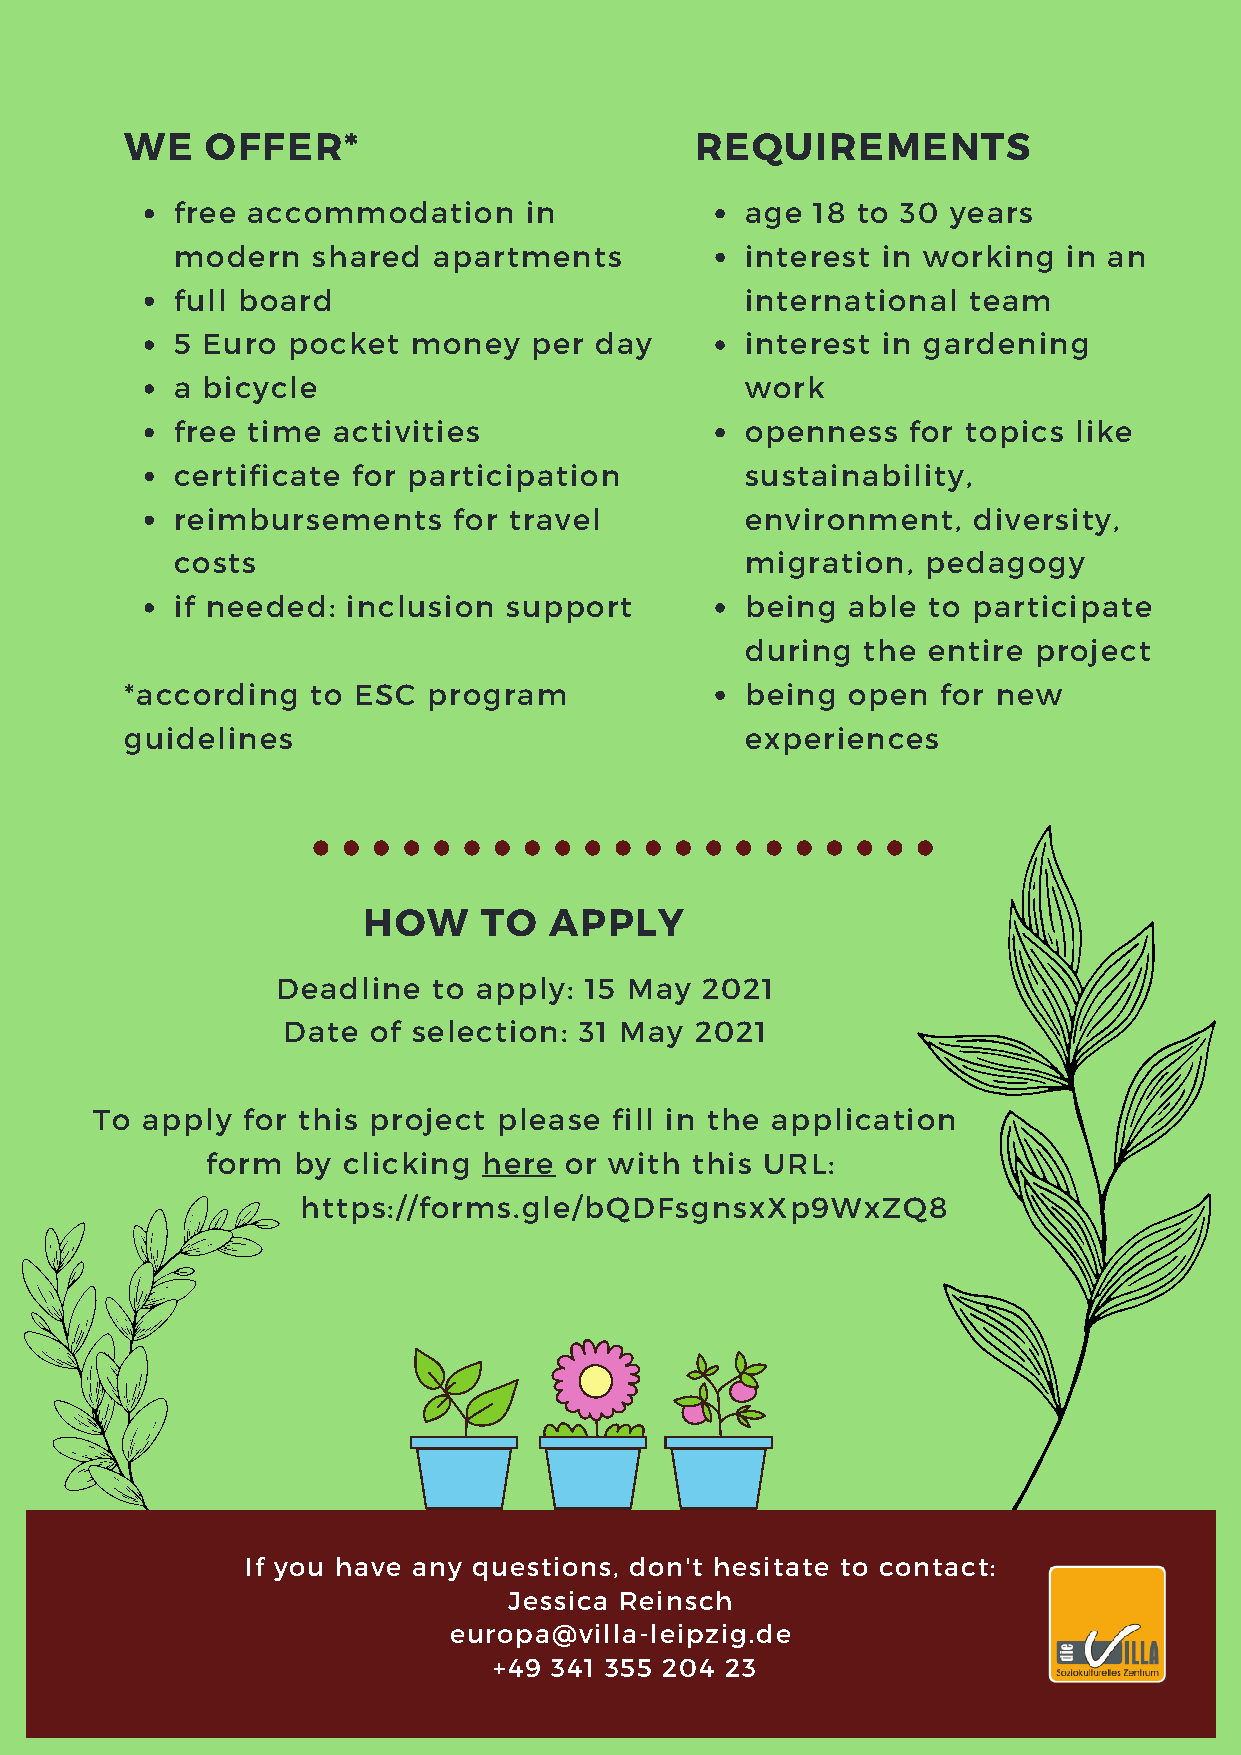
WE    OFFER*                          REQUIREMENTS
 free accommodation     in            age  18 to 30 years
 modern   shared  apartments          interest in working   in an
 full board                           international  team
 5 Euro pocket  money   per day       interest in gardening
 a bicycle                            work
 free time activities                 openness   for topics like
 certificate for participation        sustainability,
 reimbursements    for travel         environment,   diversity,
 costs                                migration,  pedagogy
 if needed: inclusion support         being  able to participate
 during  the entire project
 *according   to ESC program              being  open  for new
 guidelines                               experiences
 HOW     TO  APPLY
 Deadline   to apply: 15 May 2021
 Date of selection: 31 May  2021
 To apply  for this project please  fill in the application
 form by  clicking here or with  this URL:
 https://forms.gle/bQDFsgnsxXp9WxZQ8
 If you have any questions, don't hesitate to contact:
 Jessica Reinsch
 europa@villa-leipzig.de
 +49 341 355 204 23